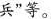
兵”等。